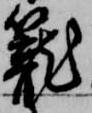
籠